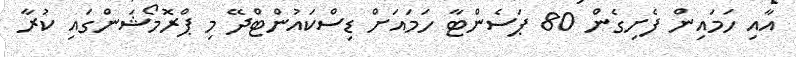
އާއި ހަމައިން ފެށިގެން 80 ޕަސެންޓާ ހަމައަށް ޑިސްކައުންޓްދޭ މި ޕްރޮމޯޝަންގައި ކުރާ